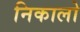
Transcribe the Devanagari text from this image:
निकालो